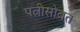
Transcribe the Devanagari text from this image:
पत्नीसोबत